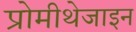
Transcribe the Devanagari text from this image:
प्रोमीथेजाइन